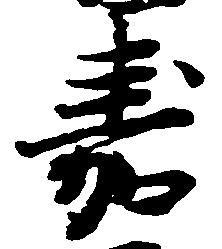
嘉